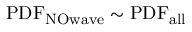
\mathrm { P D F _ { N O w a v e } } \sim \mathrm { P D F _ { a l l } }